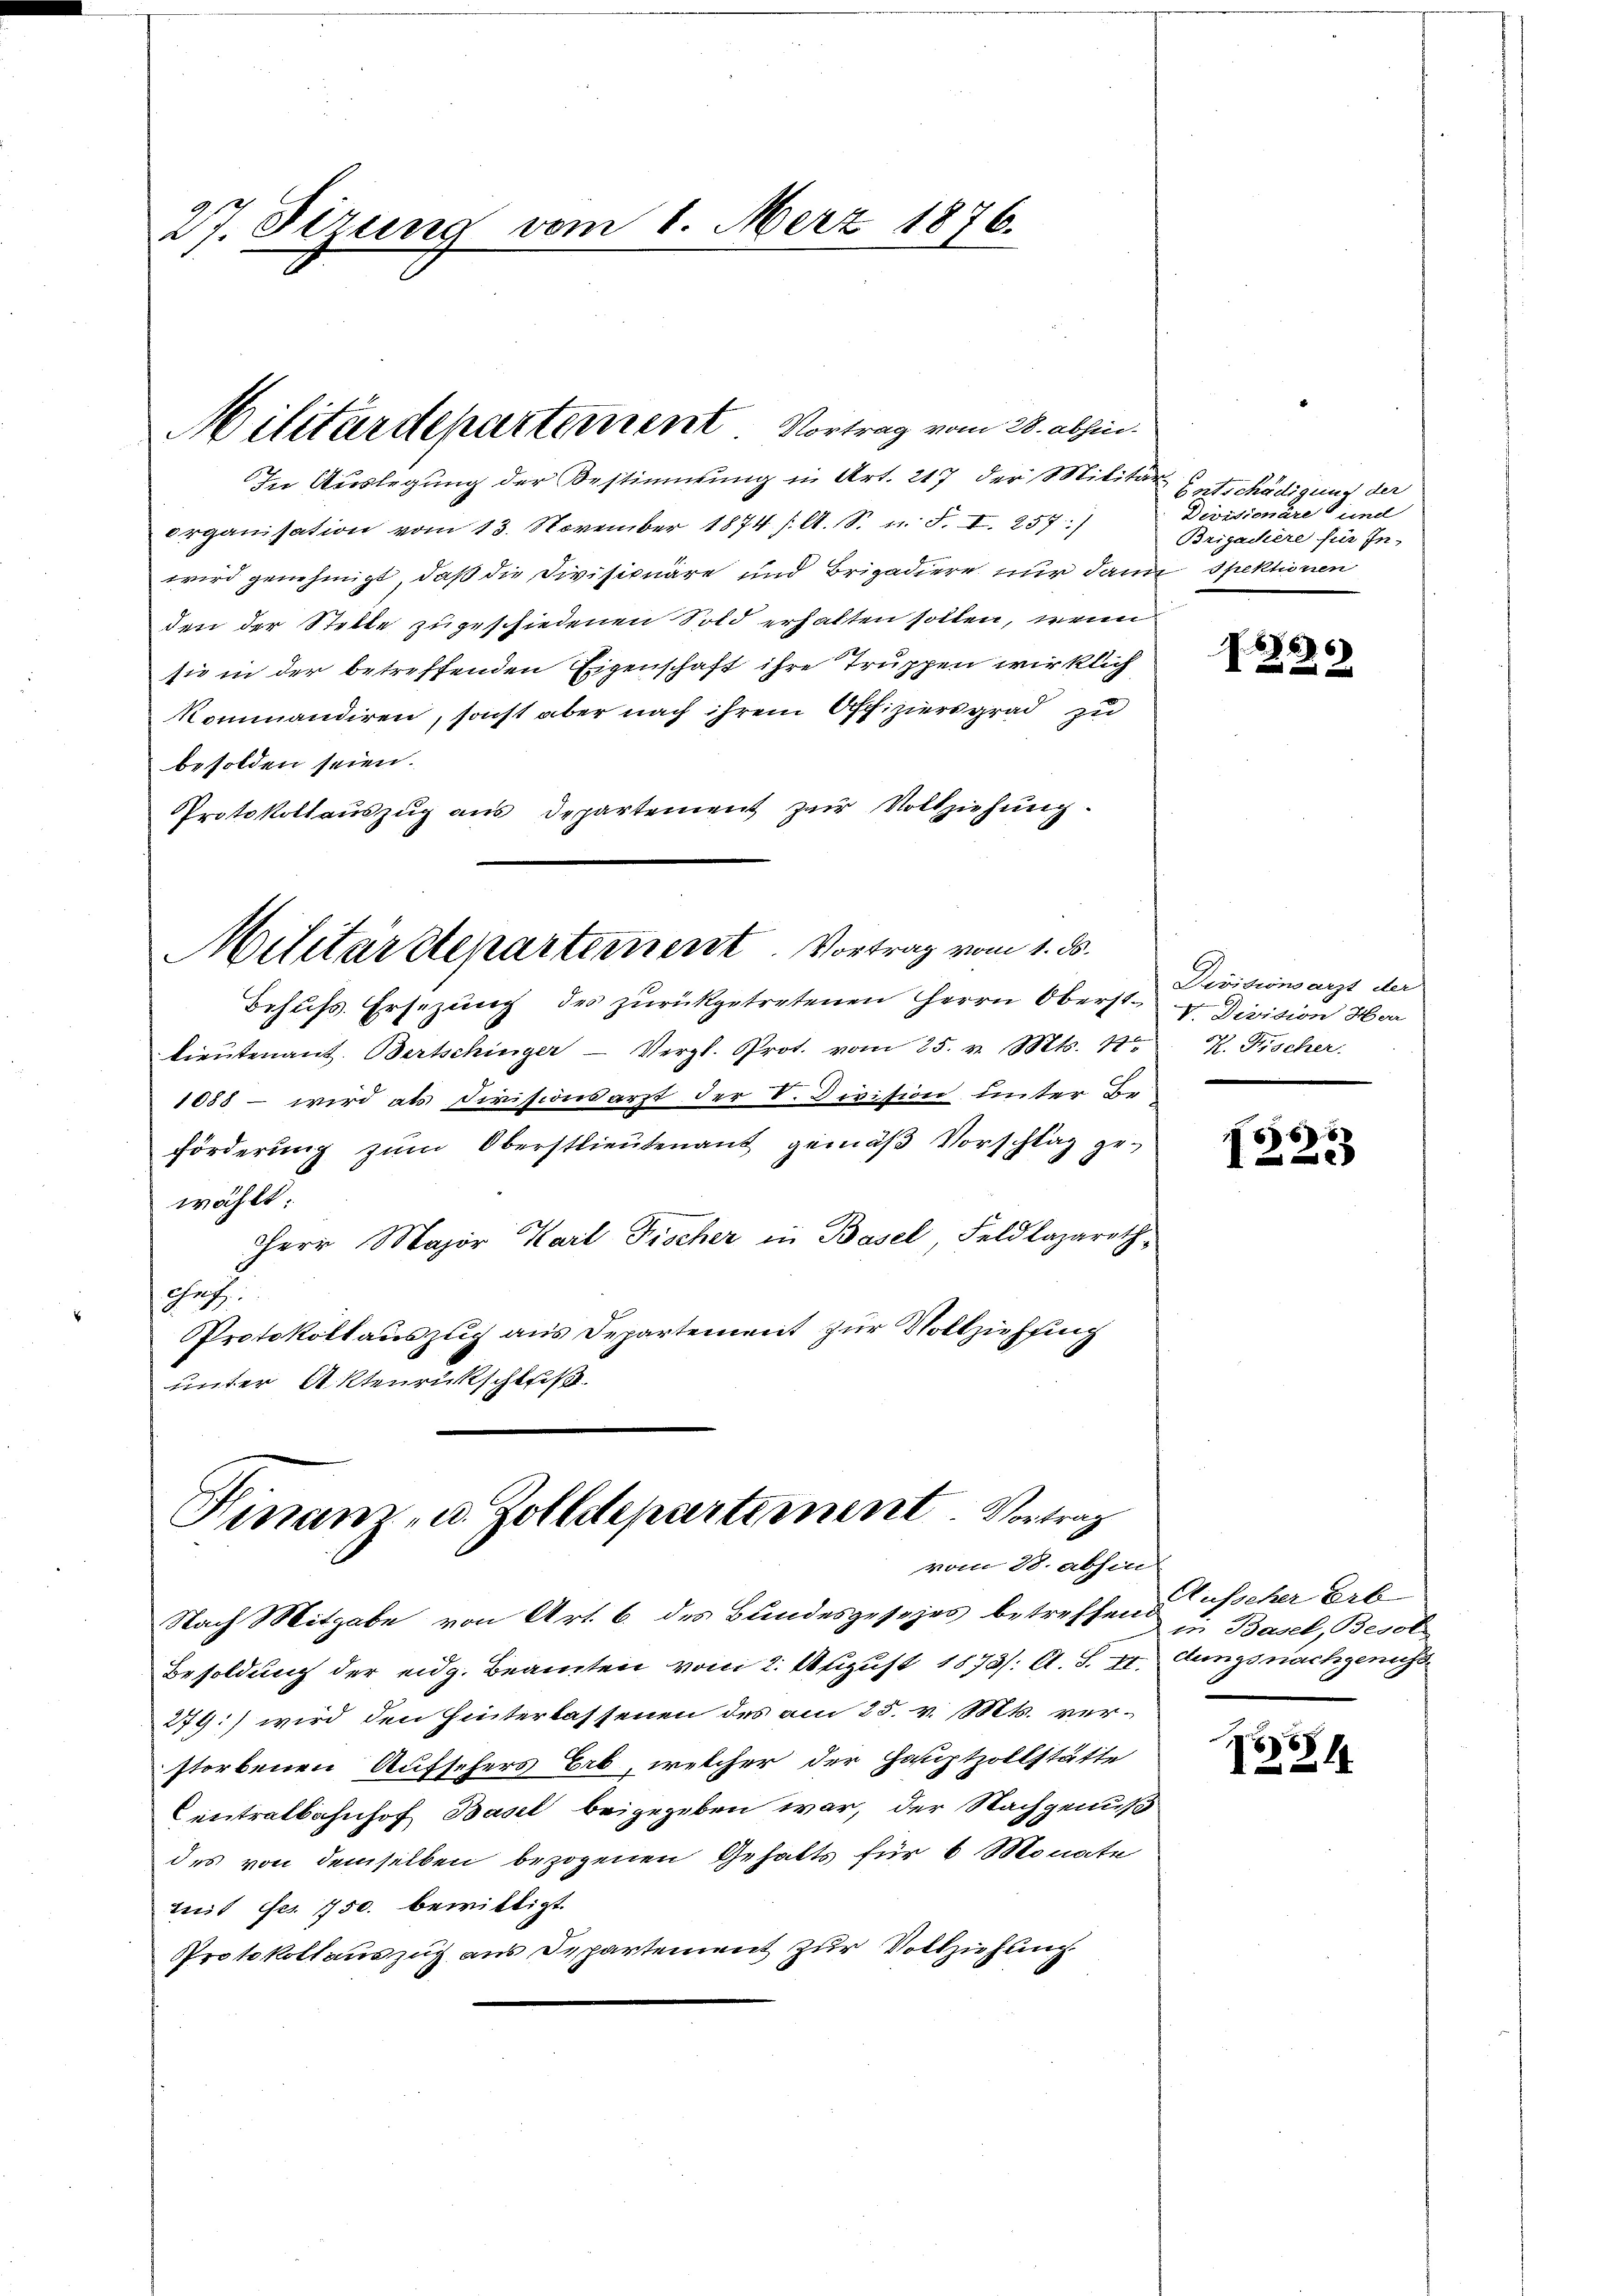
27. Sizung vom 1. März 1876.

In Auslegung der Bestimmung in Art. 217 der Militär
organisation vom 13. November 1874 /. A. S. n. F. I. 257)
wird genehmigt, daß die Divisicuäre und Brigadiere nur dann spektionen
den der Stelle zugeschiedenen Sold erhalten sollen, wenn
sie in der betreffenden Eigenschaft ihre Truppen wirklich
kommandiren, sonst aber nach ihrem Offiziers grad zu
besolden seien.
Protokollauszug aus Departement zur Vollziehung.

Militärdepartement Vortrag vom 28. abhin.

Militärstepartement. Vortrag vom 1. d.

Behŭfs Ersezung des zŭrückgetretenen Herrn Oberst v. Division Hor
lieutenant. Bertschinger Vergl. Prot. vom 25. v. Mts. N. K. Fischer.
1088 – wird als Divisionsarzt der V. Division unter Beförderung zum Oberstlieutenant gemäß Vorschlag ge-
wählt:
Herr Major Karl Fischer in Basel, Feldlazareth
.
Protokollauszug aus Departement zur Vollziehung
unter Aktenrückschluß.

Hinanz- u. Zolldepartement. Vortrag
vom 28. abhin

Nach Mitgabe von Art. 6. des Bundesgesezes betreffend
Besoldung der eidg. Beamten vom 2. August 1873/: A. S. II. dungsnachgenuss
279) wird den Hinterlassenen des am 25. v. Mts. verstorbenen Aufschers Erb, welcher der Hauptzollstätte
Centralbahnhof Basel beigegeben war, der Nachgenuß
des von demselben bezogenen Gehalts für 6 Monate
tuit des 750. bewilligt.
Protokollauszug aus Departement zur Vollziehung

Entschädigung der
Devisionäre und
Brigachere für In-

820

Divisionsarzt der

686. 5
1

Ausscher Erb-
in Basel, Besole

8
214